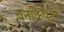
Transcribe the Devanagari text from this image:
वनकिपेक्षा